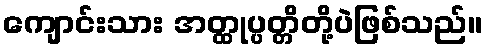
ကျောင်းသား အတ္ထုပ္ပတ္တိတို့ပဲဖြစ်သည်။